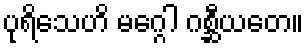
ပုရိသေဟိ မဂ္ဂေါ ဂစ္ဆီယတေ။